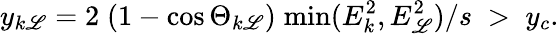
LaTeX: y_{k\mathscr{L}}=2\; (1-\cos\Theta_{k\mathscr{L}})\; \mathrm{{min}}(E_{k}^{2},E_{\mathscr{L}}^{2})/s\; >\; y_{c}.